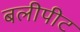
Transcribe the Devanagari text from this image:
बलीपीट